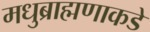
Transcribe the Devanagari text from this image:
मधुब्राह्मणाकडे